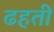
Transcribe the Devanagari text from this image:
ढहती